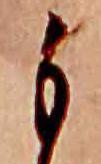
も